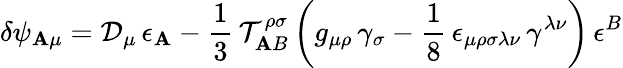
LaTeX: \delta\psi_{\mathbf{A}\mu}=\mathcal{{D}}_{\mu}\, \epsilon_{\mathbf{A}}-\frac{{1}}{{3}}\, \mathcal{{T}}_{\mathbf{A}B}^{\rho\sigma}\left(g_{\mu\rho}\, \gamma_{\sigma}-\frac{{1}}{{8}}\, \epsilon_{\mu\rho\sigma\lambda\nu}\, \gamma^{\lambda\nu}\right)\, \epsilon^{B}